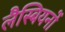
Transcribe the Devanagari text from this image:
लैस्बियनों